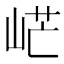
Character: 㟐